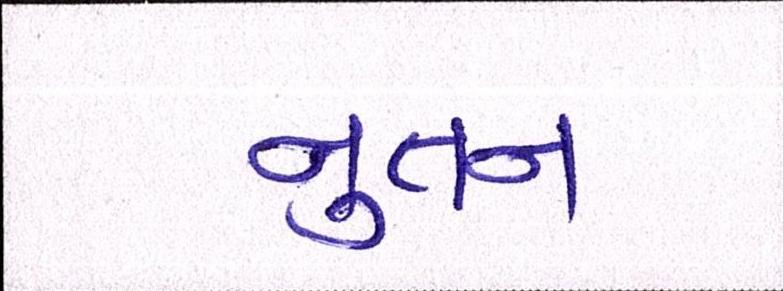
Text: નુતન